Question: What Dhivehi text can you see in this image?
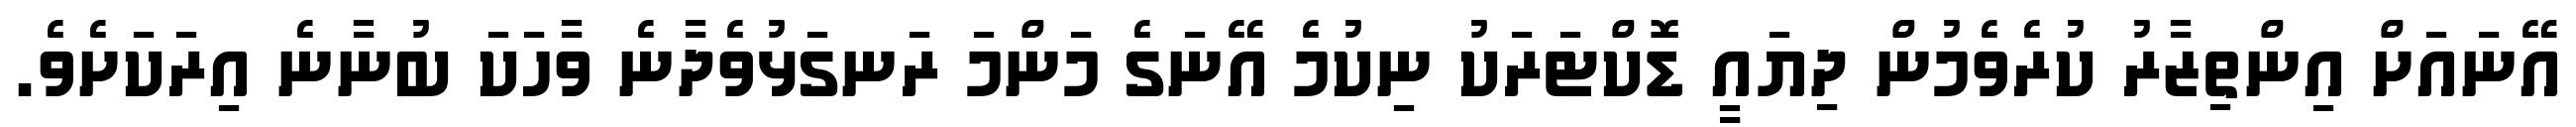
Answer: އޭނައަށް އިންތިޒާރު ކުރެވެމުން ދިޔައީ ޑޮކްޓަރަކު ނިކުމެ އޭނަގެ މަންމަ ރަނގަޅުވެދާނެ ވާހަކަ ބުނާނެ އިރަކަށެވެ.